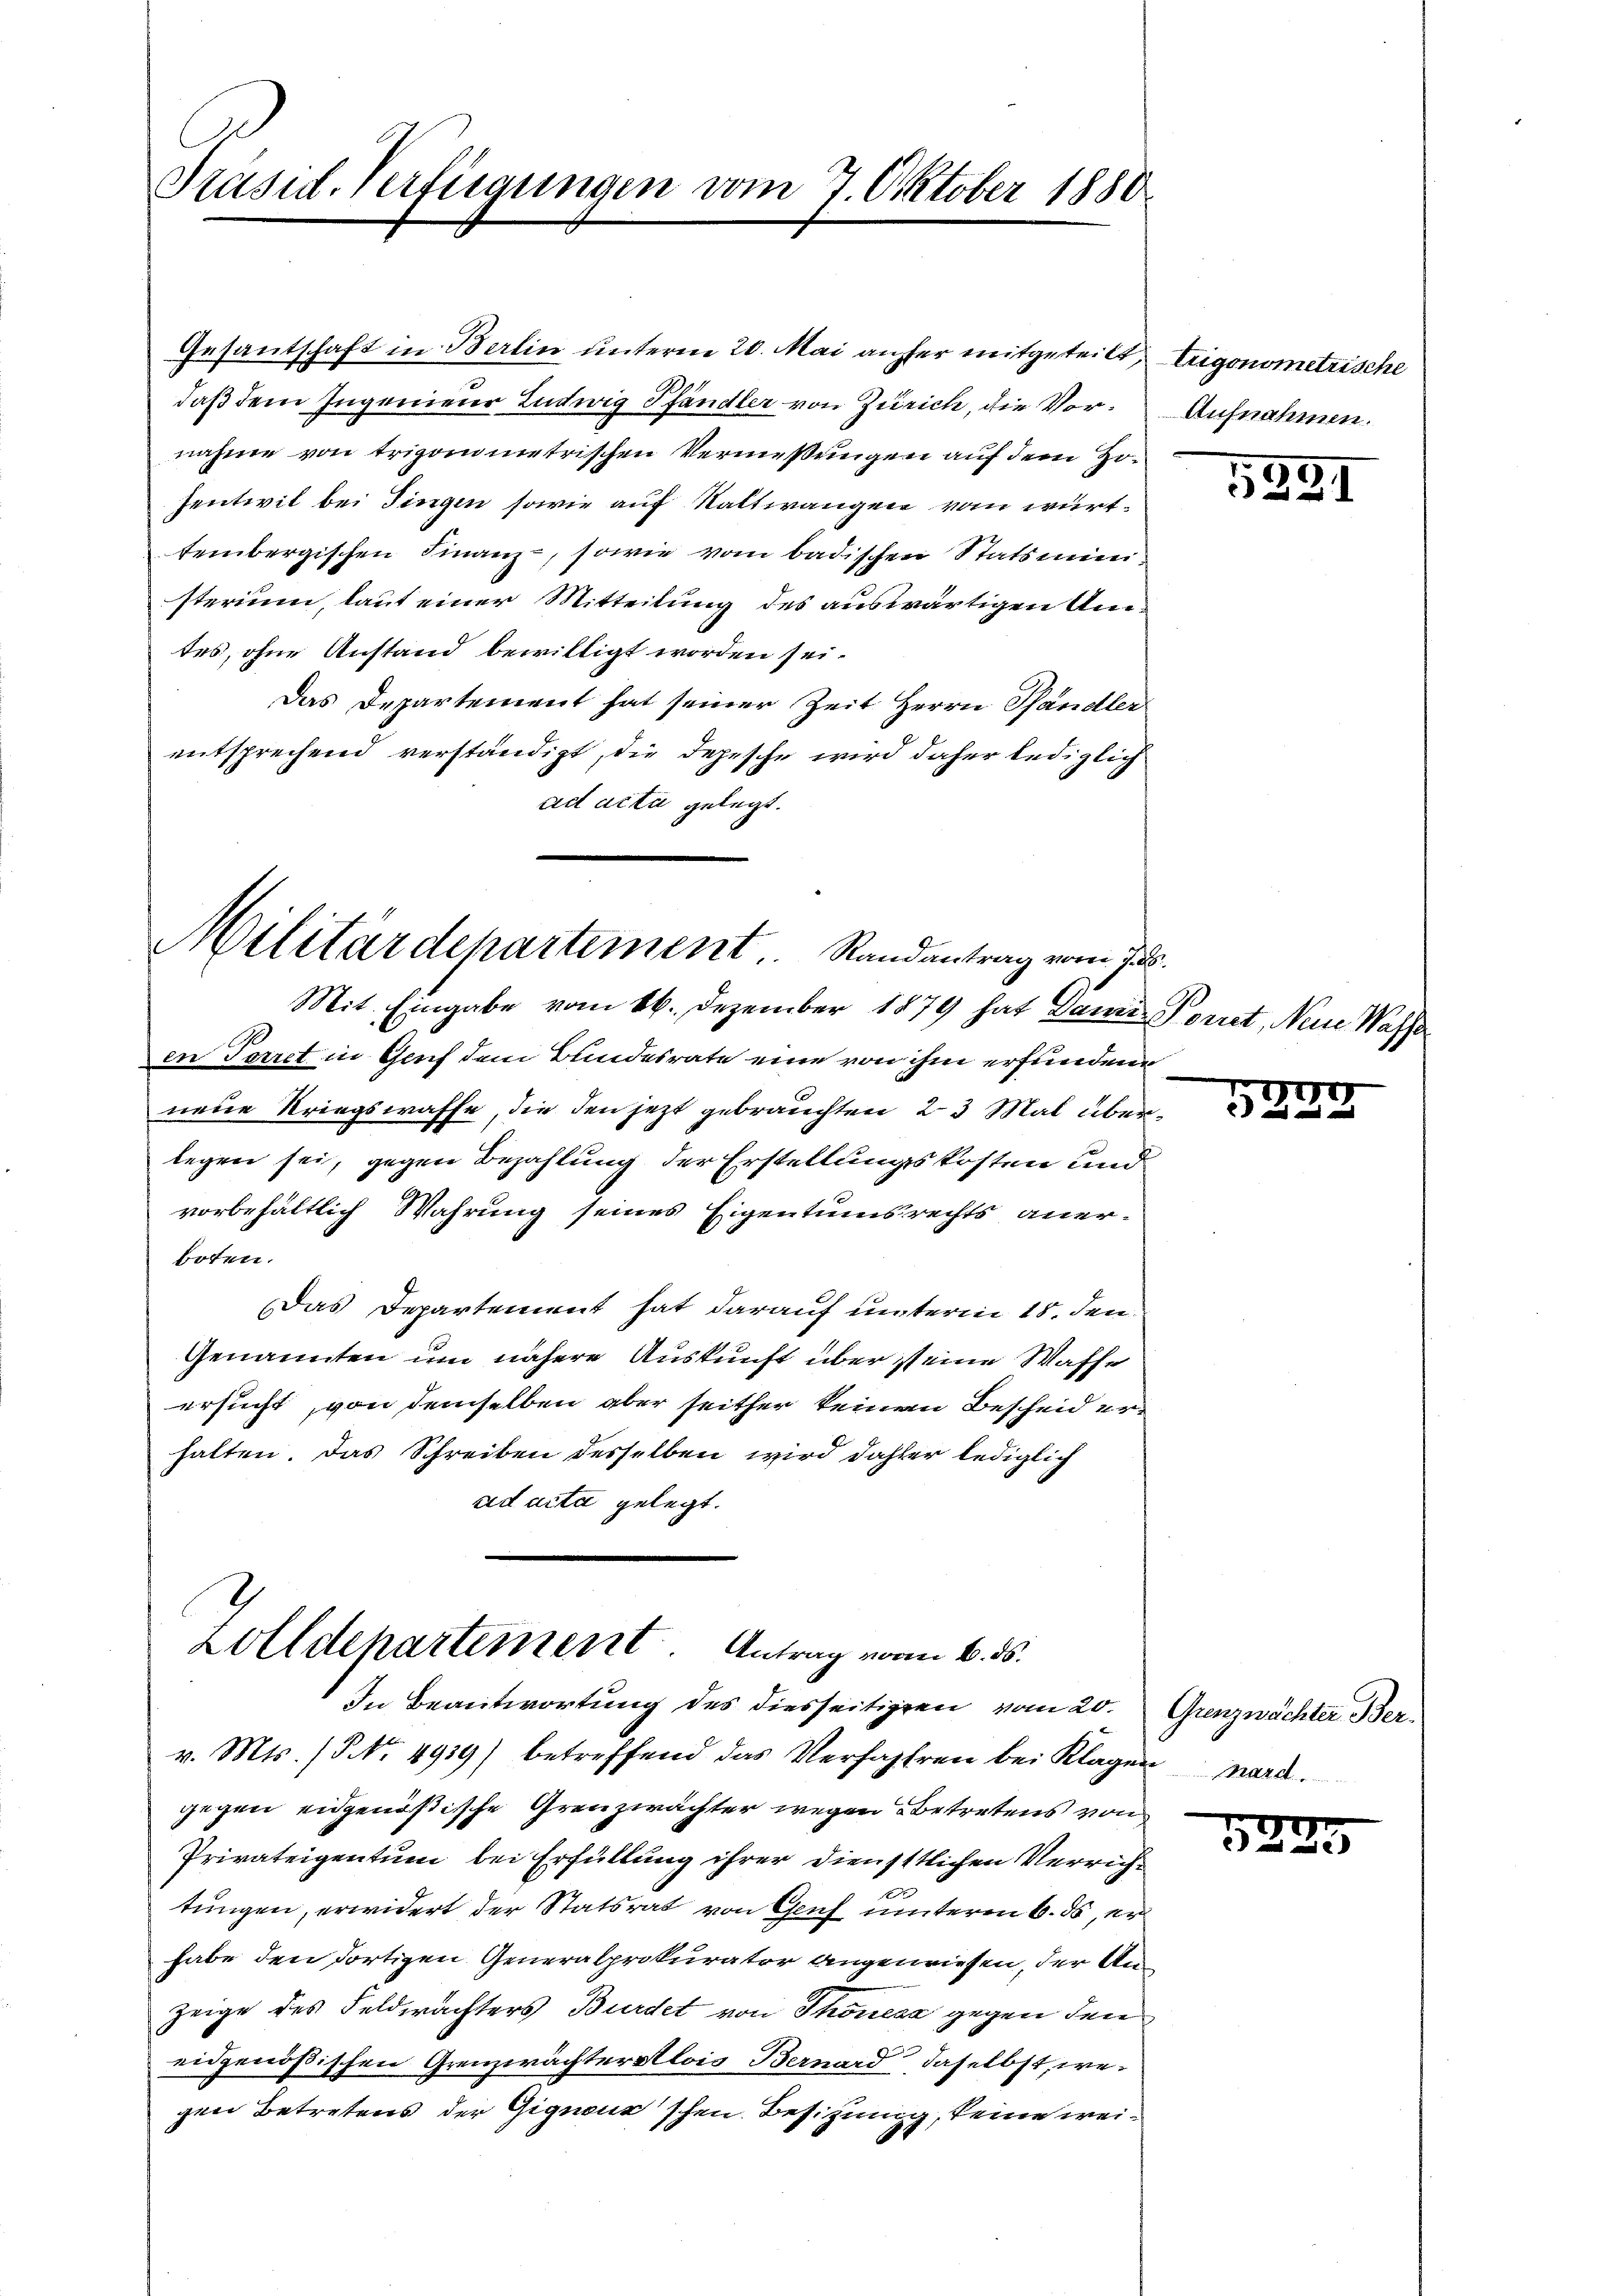
Präsid. Verfügungen vom 7. Oktober 1880

Gesantschaft in Berlin unterm 20. Mai anher mitgeteilt, Trigonometrische
daß dem Ingenieur Ludwig Pfändler von Zürich, die Vornahme von trigonometrischen Vermessungen auf dem Hosentiit bei Fingen sowie auf Stattwangen von württembergischen Finanz-, sowie vom badischen Statsministerium, laut einer Mitteilung des auswärtigen Umtes, ohne Anstand bewilligt worden sei.
Das Departement hat seiner Zeit Herrn Pfandler
entsprechend verständigt, die Depesche wird daher lediglich
ad acta gelegt.

Militärdepartement. Randantrag vom 7. d.
Mit. Eingabe vom 16. Dezember 1879 hat damit Porut, Neue Wasse

en Torret in Genf dem Bundesrate eine von ihm erfundene
neue Kriegswaffe, die den jetzt gebrauchten 23 Mal überlegen sei, gegen Bezahlung der Erstellungskosten und
vorbehältlich Wahrung seines Eigentumsrechts anerboten.
Das Departement hat darauf unterm 18. den
Genannten um nähere Auskunft über ist eine Waffe
ersucht, von demselben aber seither keinen Bescheid erhalten. Das Schreiben desselben wird daher lediglich
ad acta gelegt.

Zolldepartement. Antrag vom 6. ds.
In Beantwortung des diesseitigen vom 20. Grenzwächter Ber¬

v. Mts. (NNo. 4919) betreffend das Verfahren bei Klagen ward.
gegen eidgenößische Grenzwächter wegen Betretens von
Privateigentum bei Erfüllung ihrer diensttlichen Verrichtungen, erwidert der Statsrat von Gruf unterm 6. ds, erhabe den dortigen Generalprokurator angenriesen, der Anzeige des Feldprächters Bürdet von Thonesa gegen den
eidgenößischen Grenzwächter Alois Bernard, daselbst, wegen Betretens der Gignous schen Besitzung, keine wei¬

Aufnahmen.

5291

Her

5

1